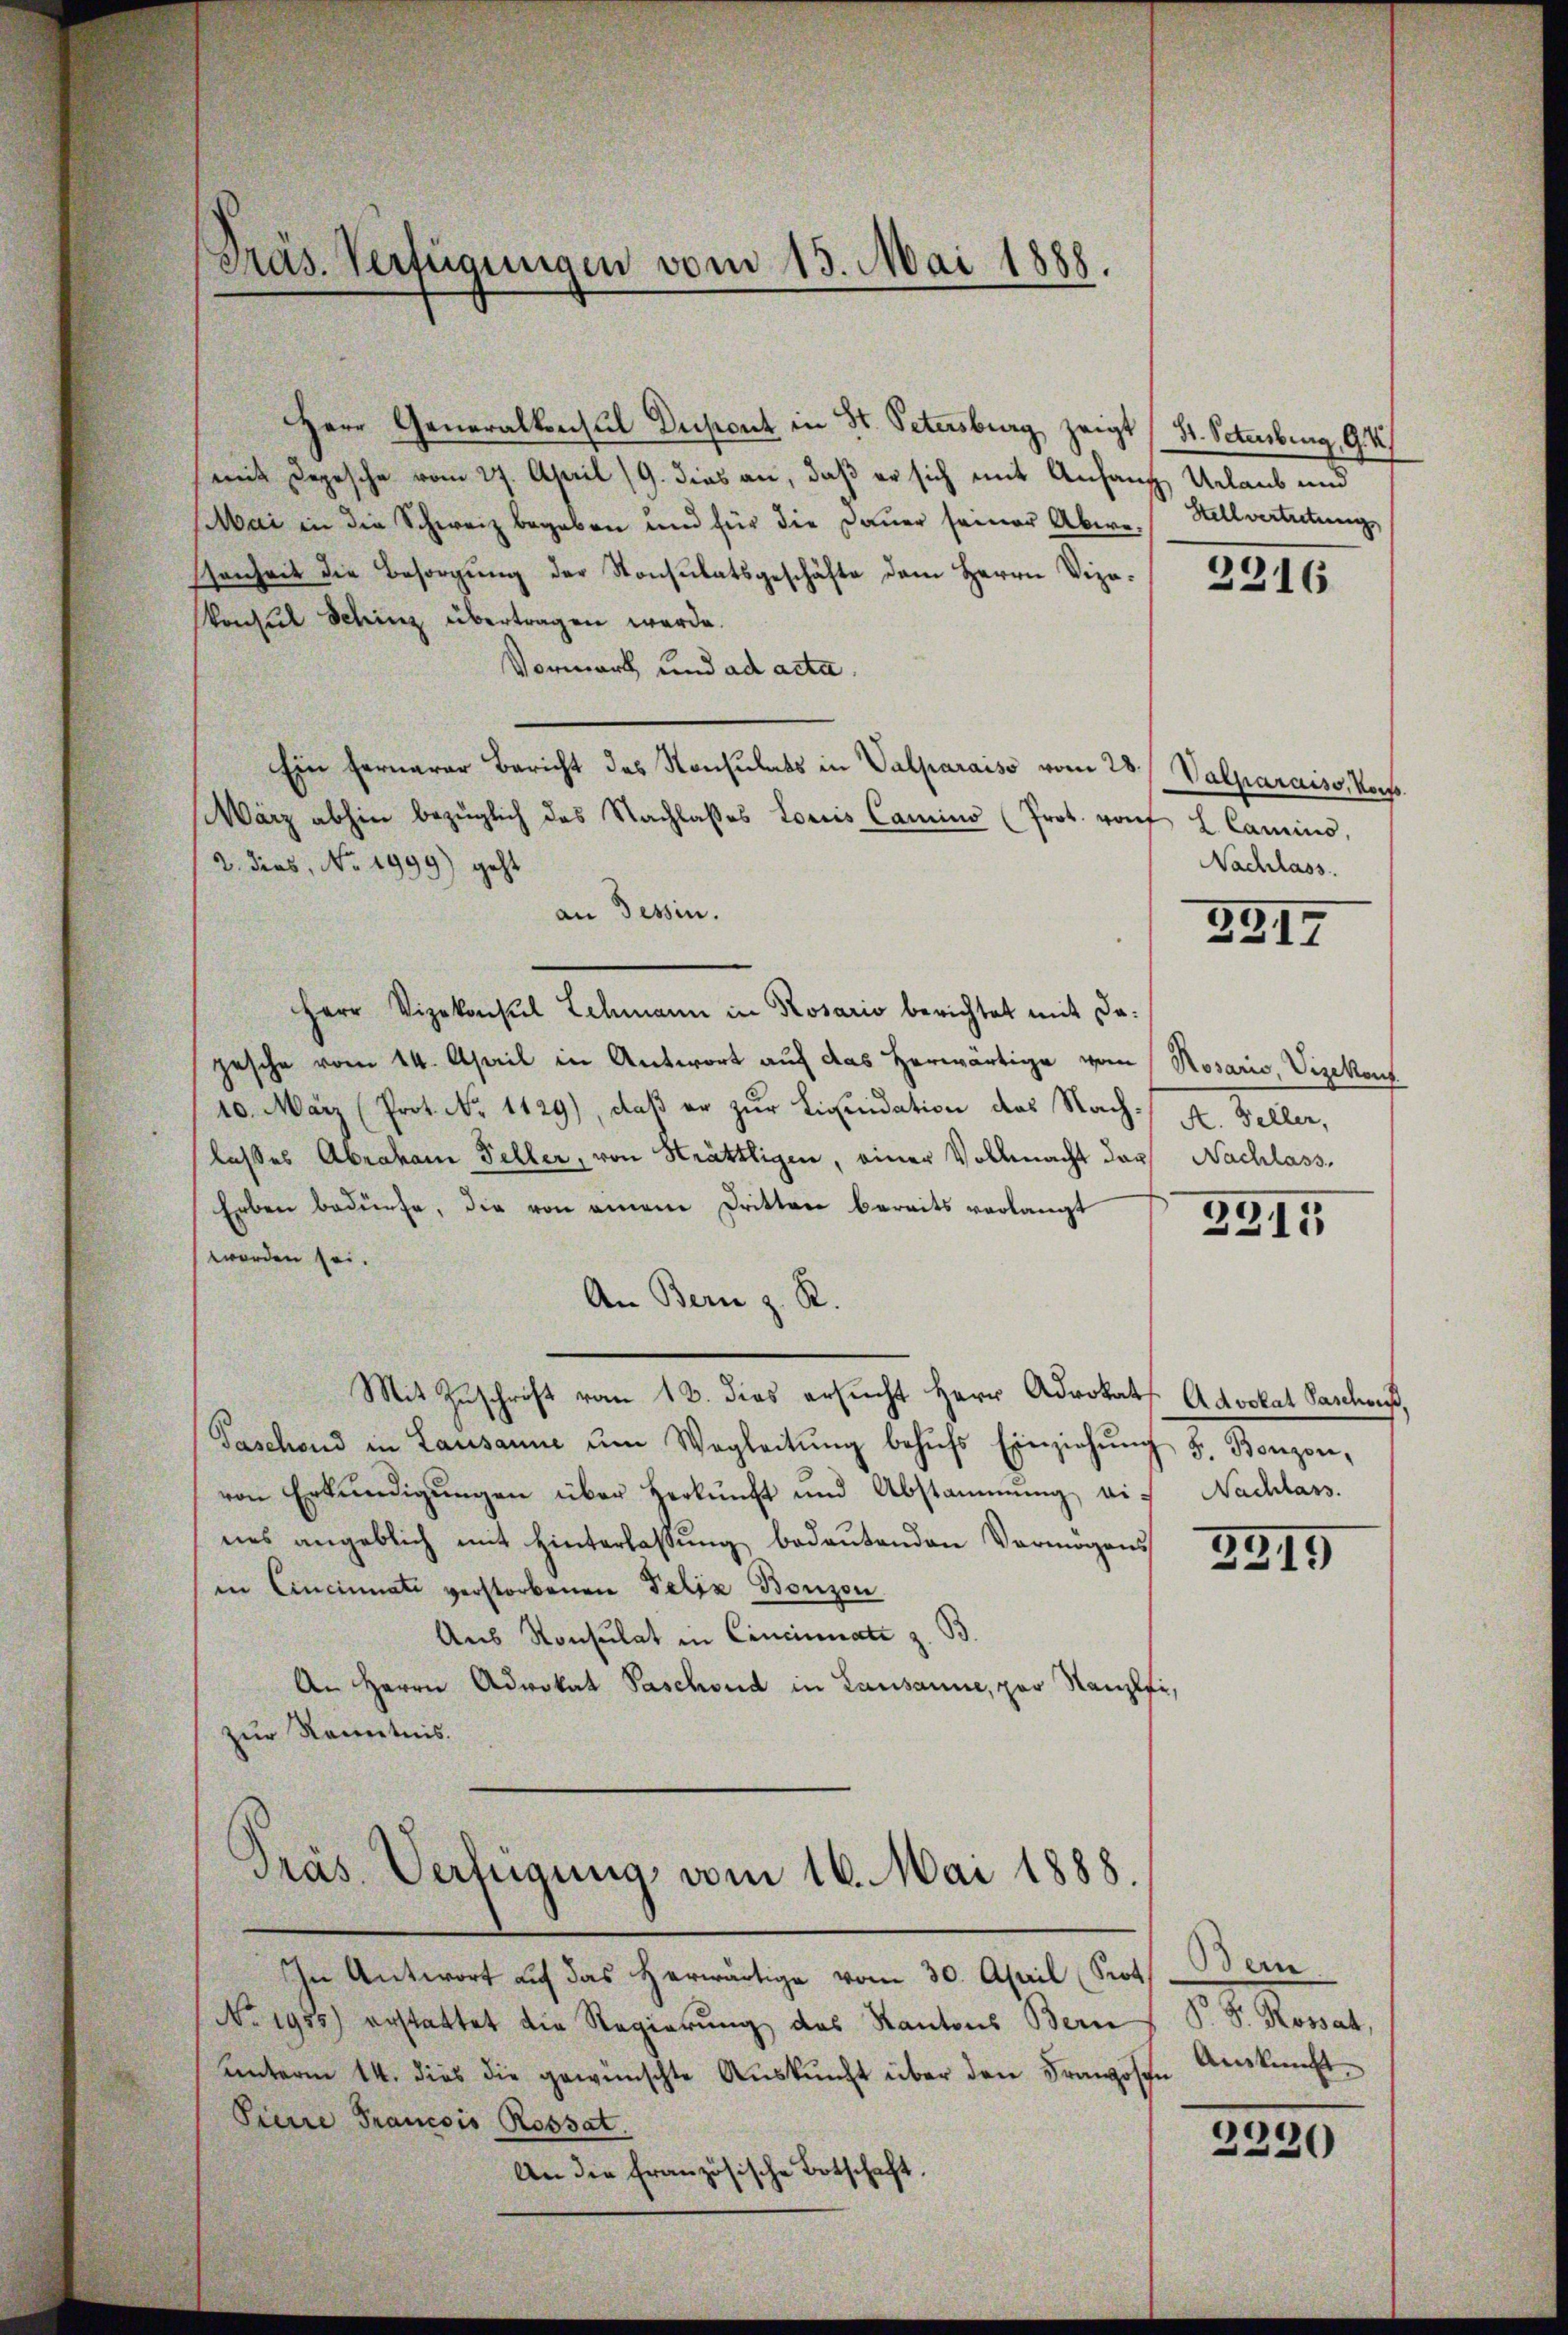
Präs. Verfügungen vom 13. Mai 1888.

mit Depesche vom 27. April 19. dies an, daß er sich mit Anfang Urlaub und
ai in die Schweiz begeben und für die Dauer seiner Aber Stellvertretung
Esenheit die Besorgŭng der Konsulatsgeschäfte dem Herrn Vize-
konsul Schinz übertragen werde.
Vormark und ad acta.
Ein fernerer Bericht das Konsulats in Valparaiso vom 28./ Valparais, Vors
März abhin bezüglich das Nachlasses Loriis Camino (Prot. raŭf L. Camins,
2. dies, No. 1999) geht
an Tessin.
Herr Vizekonsul Schmann in Rosario berichtet mit dapesche vom 14. April in Antwort auf das herwärtige vom (Rosario, Vizekons
10. März (Prot. No. 1129), daß er zur Liquidation des Nach A. Beller,
lasses Abraham Schler, von Kräthligen, einer Vollmacht das Nachlass,
Erben bedürfe, die von einem Dritten bereits verlangt
worden sei.
An Bern z. R.
Mit Zŭschrift vom 12. dies ersŭcht Herr Advokats Advokat Paschens,
Paschend in Lausanne um Wegleitŭng behŭfs Einziehŭng 5. Bonzon,
von Erkŭndigŭngen über Herkŭnft und Abstammung vis Nachlass.
nes angeblich mit Hinterlassŭng bedeŭtenden Vermögens
in Cincinnati verstorbenen Felix Bonzon
Aus Konsulat in Cincinati z. B.
An Herrn Advokat Paschond in Lausanne, par Kanzlei,
zur Kenntnis.
Präs. Verfügung vom 16. Mai 1888.
In Antwort auf das herwärtige vom 30. April (Prot
No. 1935) erstattet die Regierung des Kantons Bern P. F. Rossah,
unterm 14. dies die gewünschte Auskunft über den Franzosen
Pierre Francois Rossat
An die französische Botschaft.

Herr Generalkonsul Decsont in St. Petersburg zeigt (St. Petenberg, G. B.

2216

Nachlass.

2317

2315

3319

Bern.
Auskunft

2230